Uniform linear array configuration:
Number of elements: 12
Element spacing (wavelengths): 0.25
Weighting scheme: binomial
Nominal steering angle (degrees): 15
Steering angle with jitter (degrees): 13.137
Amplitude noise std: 0.05
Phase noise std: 0.05

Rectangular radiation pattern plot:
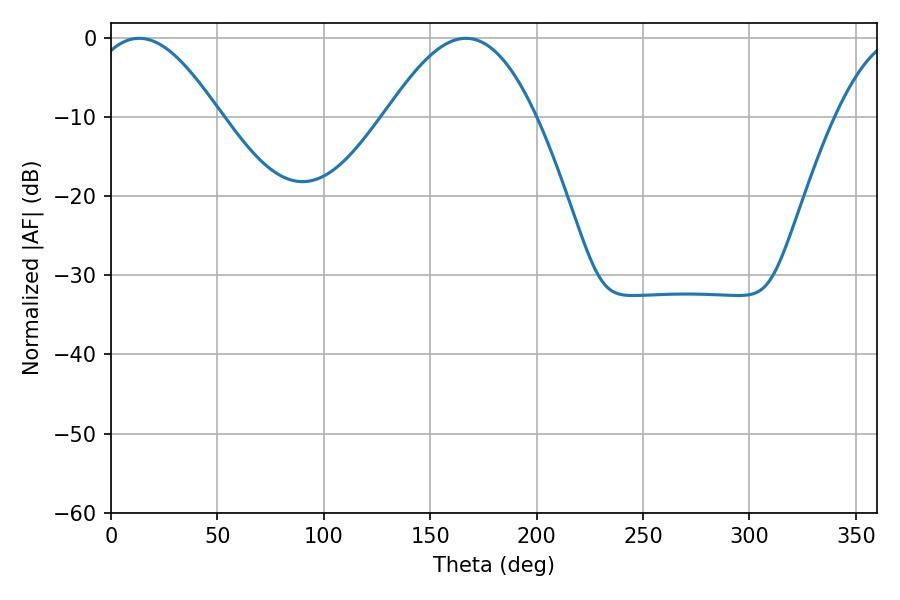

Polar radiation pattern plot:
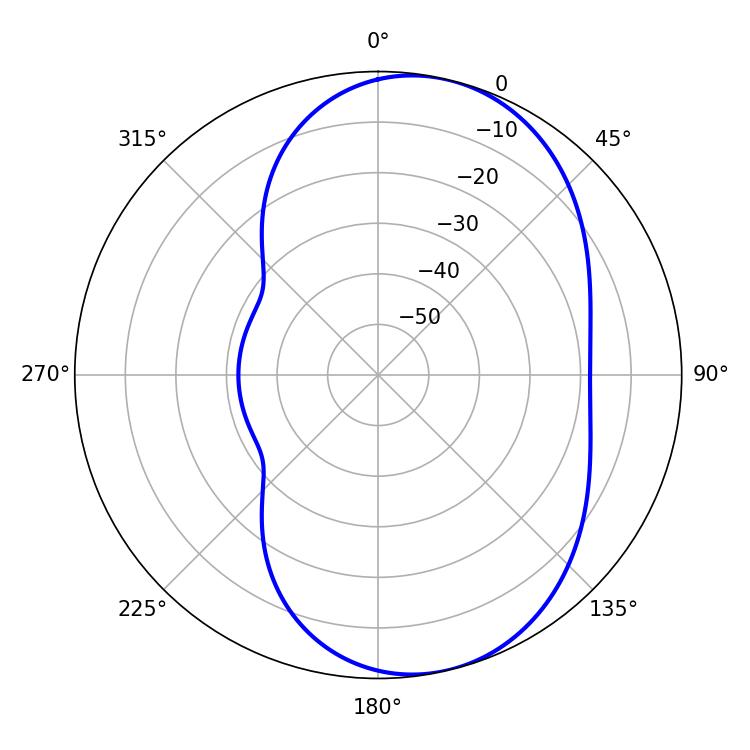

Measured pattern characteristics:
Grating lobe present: FALSE
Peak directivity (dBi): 7.225
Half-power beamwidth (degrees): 33.12
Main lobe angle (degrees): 13.14